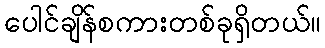
ပေါင်ချိန်စကားတစ်ခုရှိတယ်။